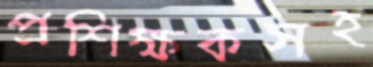
প্রশিক্ষকসহ